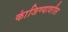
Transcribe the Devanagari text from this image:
कांजिण्यावरील